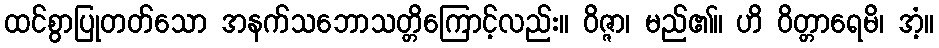
ထင်စွာပြုတတ်သော အနက်သဘောသတ္တိကြောင့်လည်း။ ဝိဇ္ဇာ၊ မည်၏။ ဟိ ဝိတ္တာရေမိ၊ အံ့။